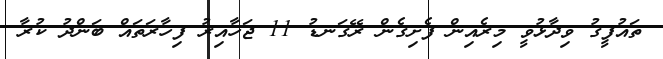
ތައުފީގު ވިދާޅުވީ މިރެއިން ފެށިގެން ރޭގަނޑު 11 ޖަހާއިރު ފިހާރަތައް ބަންދު ކުރާ